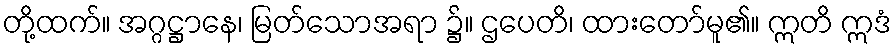
တို့ထက်။ အဂ္ဂဋ္ဌာနေ၊ မြတ်သောအရာ ၌။ ဌပေတိ၊ ထားတော်မူ၏။ ဣတိ ဣဒံ